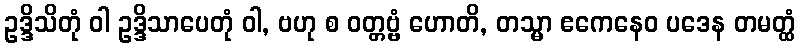
ဥဒ္ဒိသိတုံ ဝါ ဥဒ္ဒိသာပေတုံ ဝါ, ဗဟု စ ဝတ္တဗ္ဗံ ဟောတိ, တသ္မာ ဧကေနေဝ ပဒေန တမတ္ထံ